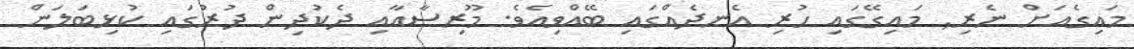
މައިގެއަށް ނެރި